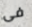
فى